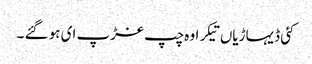
کئی ڈیہاڑیاں تیکر او ہ چپ غڑپ ای ہو گئے ۔